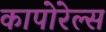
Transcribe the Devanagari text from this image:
कापोरेल्स